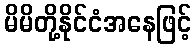
မိမိတို့နိုင်ငံအနေဖြင့်